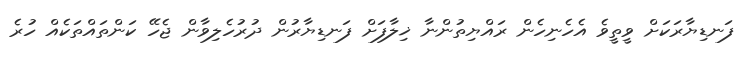
ފަނޑިޔާރަކަށް ވީތީވެ އެހެނިހެން ރައްޔިތުންނާ ޚިލާފަށް ފަނޑިޔާރުން ދުރުހެލިވާން ޖެހޭ ކަންތައްތަކެއް ހުރެ